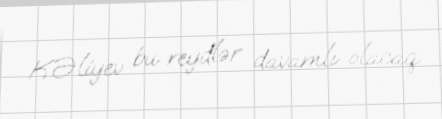
K.Əliyev bu reydlər davamlı olacaq.